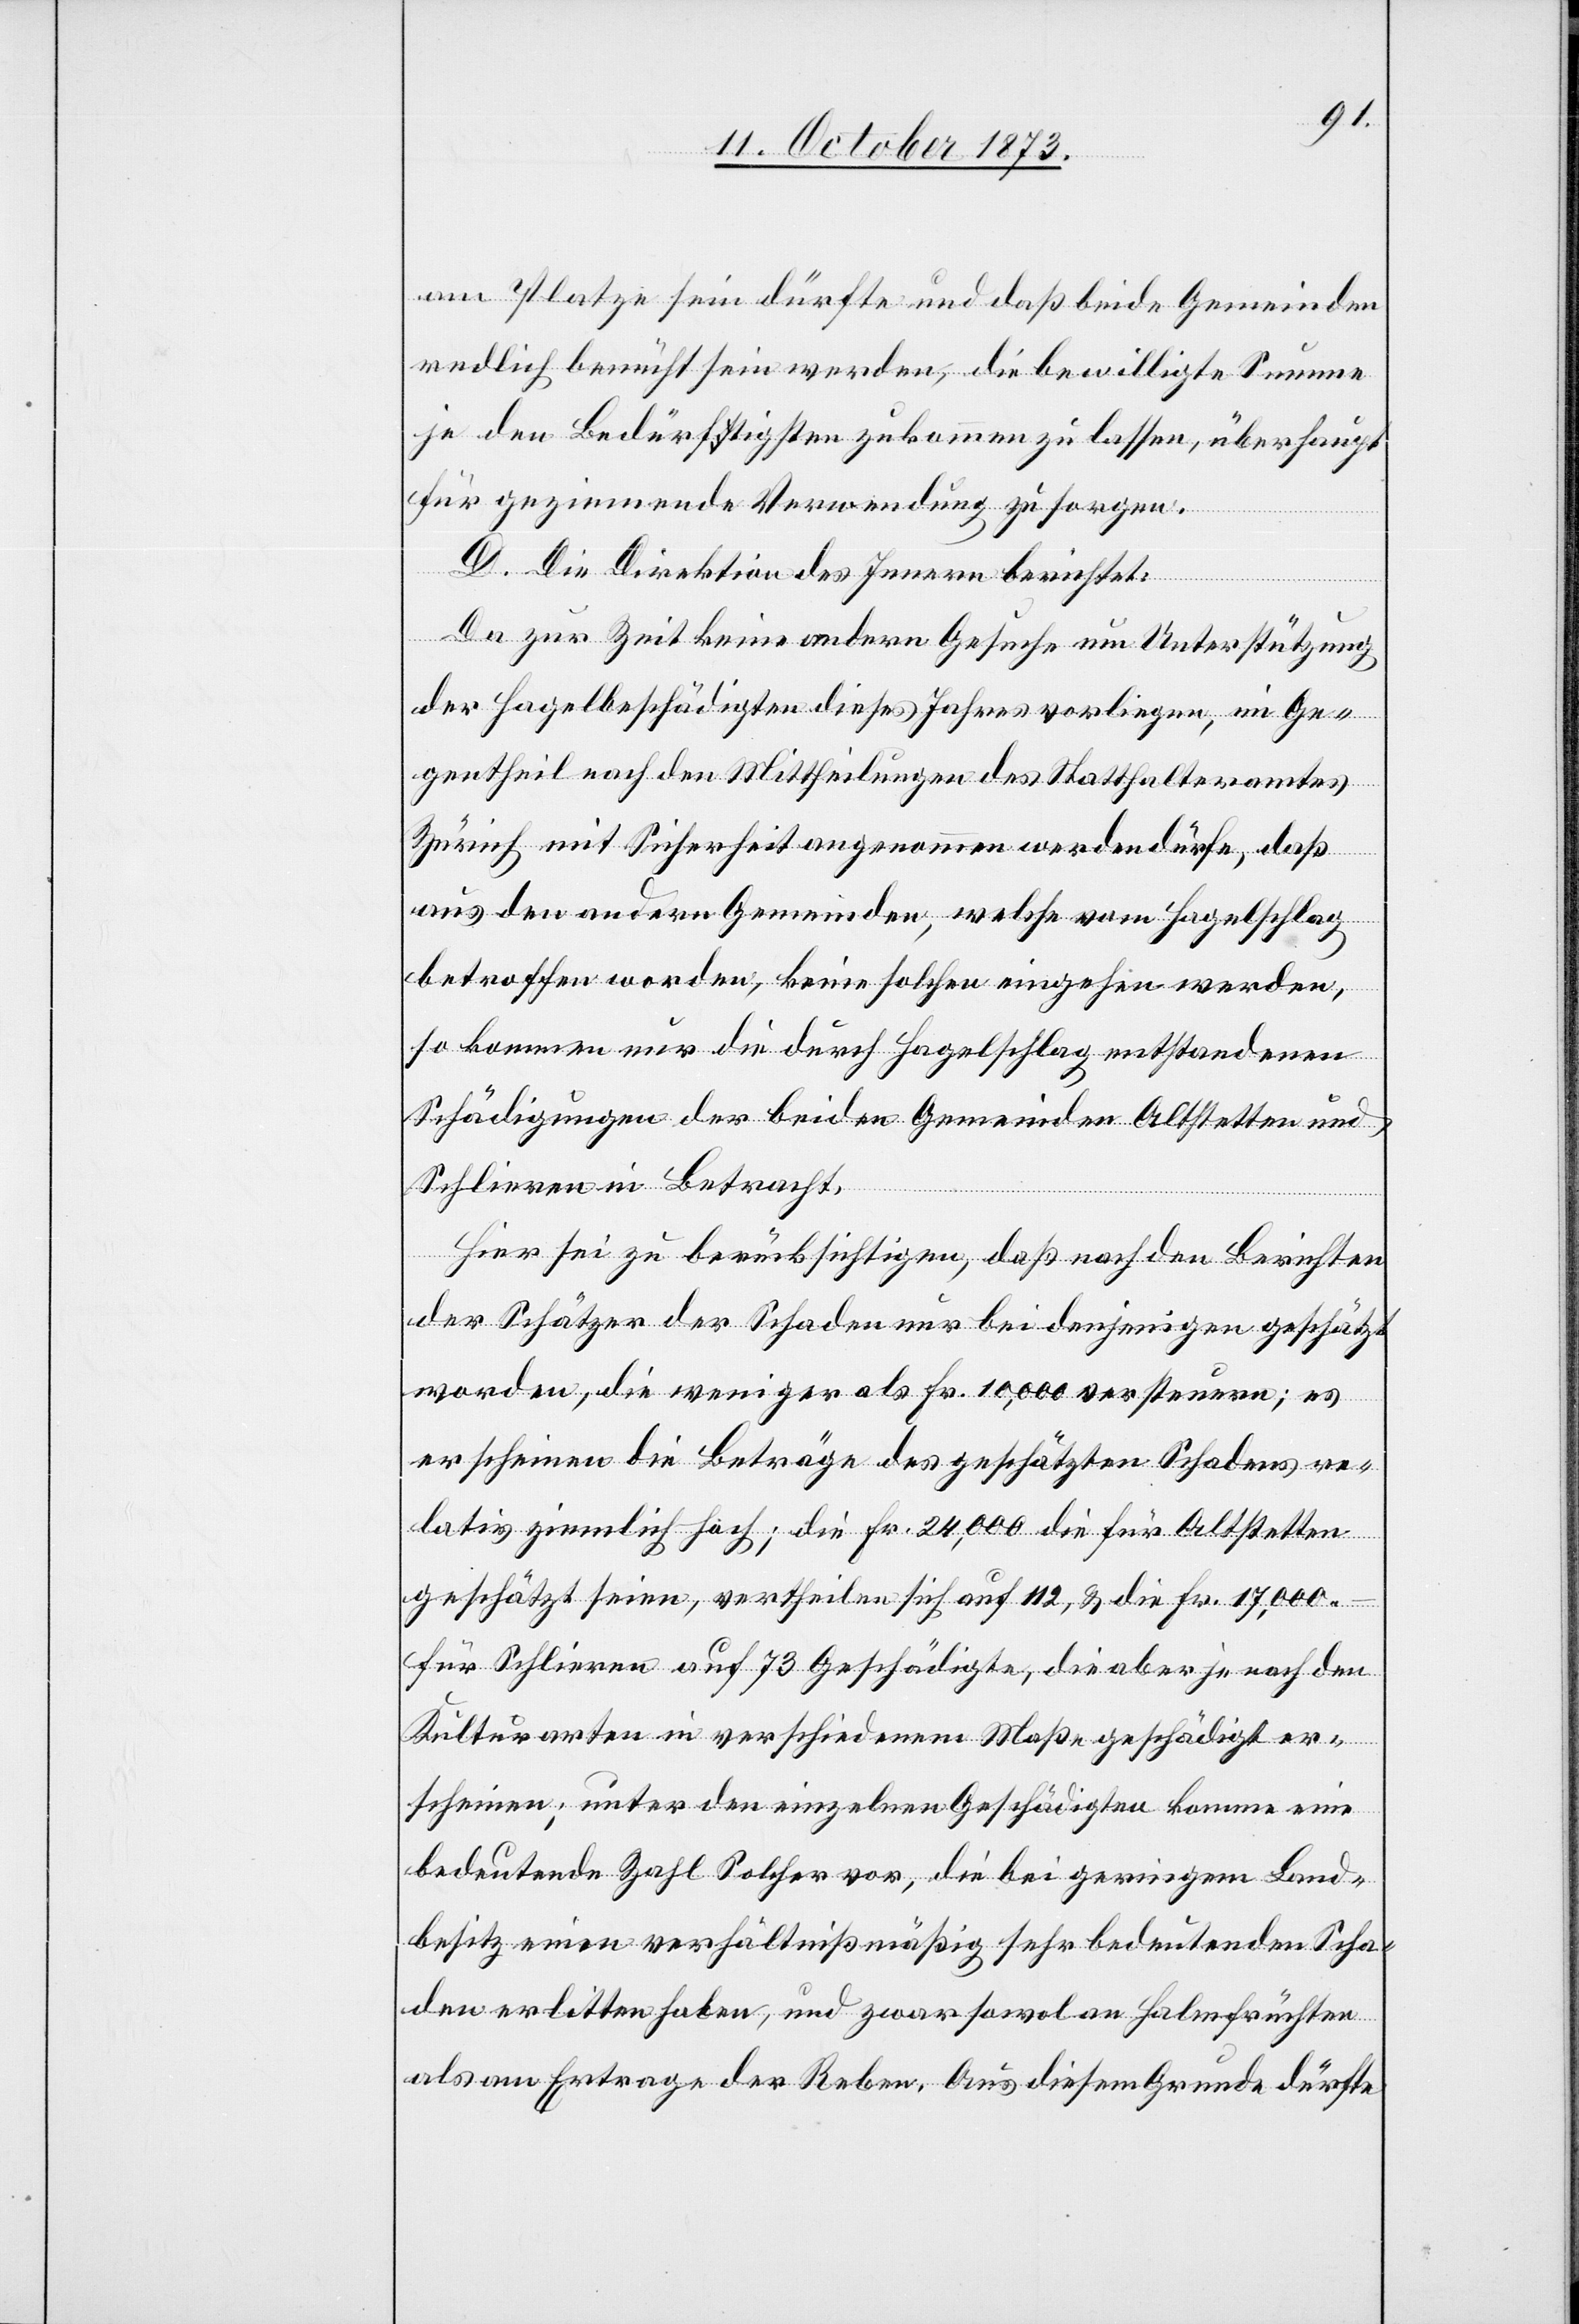
am Platze sein dürfte und daß beide Gemeinden
redlich bemüht sein werden, die bewilligte Summe
je den Bedürftigsten zukommen zu lassen, überhaupt
für geziemende Verwendung zu sorgen.
D. Die Direktion des Innern berichtet:
Da zur Zeit keine andern Gesuche um Unterstützung
der Hagelbeschädigten dieses Jahres vorliegen, im Ge¬
gentheil nach den Mittheilungen des Statthalteramtes
Zürich mit Sicherheit angenommen werden dürfe, daß
aus den andern Gemeinden, welche vom Hagelschlag
betroffen worden, keine solchen eingehen werden,
so kommen nur die durch Hagelschlag entstandenen
Schädigungen der beiden Gemeinden Altstetten und
Schlieren in Betracht.
Hier sei zu berücksichtigen, daß nach den Berichten
der Schätzer der Schaden nur bei denjenigen geschätzt
worden, die weniger als Fr. 10,000 versteuern; es
erscheinen die Beträge des geschätzten Schadens re¬
lativ ziemlich hoch; die Fr. 24,000 die für Altstetten
geschätzt seien, vertheilen sich auf 112, & die Fr. 17,000 –
für Schlieren auf 73 Geschädigte, die aber je nach den
Kulturarten in verschiedenem Maße geschädigt er¬
scheinen; unter den einzelnen Geschädigten komme eine
bedeutende Zahl Solcher vor, die bei geringem Land¬
besitz einen verhältnißmäßig sehr bedeutenden Scha¬
den erlitten haben, und zwar sowol an Halmfrüchten
als am Ertrage der Reben. Aus diesem Grunde dürfte